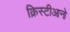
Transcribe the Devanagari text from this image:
क्रिस्टीआनो